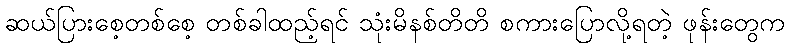
ဆယ်ပြားစေ့တစ်စေ့ တစ်ခါထည့်ရင် သုံးမိနစ်တိတိ စကားပြောလို့ရတဲ့ ဖုန်းတွေက